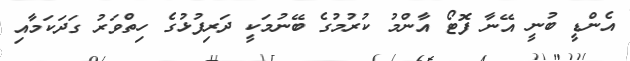
އެންޑީ ބުނީ އޭނާ ފޮޓޯ އާންމު ކުރުމުގެ ބޭނުމަކީ ދަރިފުޅުގެ ހިތްވަރު ގަދަކަމާއި